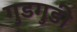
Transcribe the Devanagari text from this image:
गुडगुडी